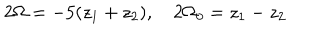
2 \Omega = - 5 ( z _ { 1 } + z _ { 2 } ) , \quad 2 \Omega _ { 0 } = z _ { 1 } - z _ { 2 }